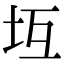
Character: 坘